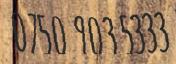
0750 903 5333